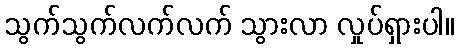
သွက်သွက်လက်လက် သွားလာ လှုပ်ရှားပါ။